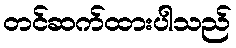
တင်ဆက်ထားပါသည်